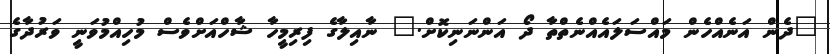
"ދެން އަނެއްހެން މައްސަލައެއްނެތްތާ ދޯ އަންނަނިކޮށް." ނާއިލާގެ ފިރިމީހާ ޝާހްއަށްވެސް މުހިއްމުވަނީ ވަރުދާގެ